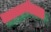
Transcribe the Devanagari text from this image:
र्‍